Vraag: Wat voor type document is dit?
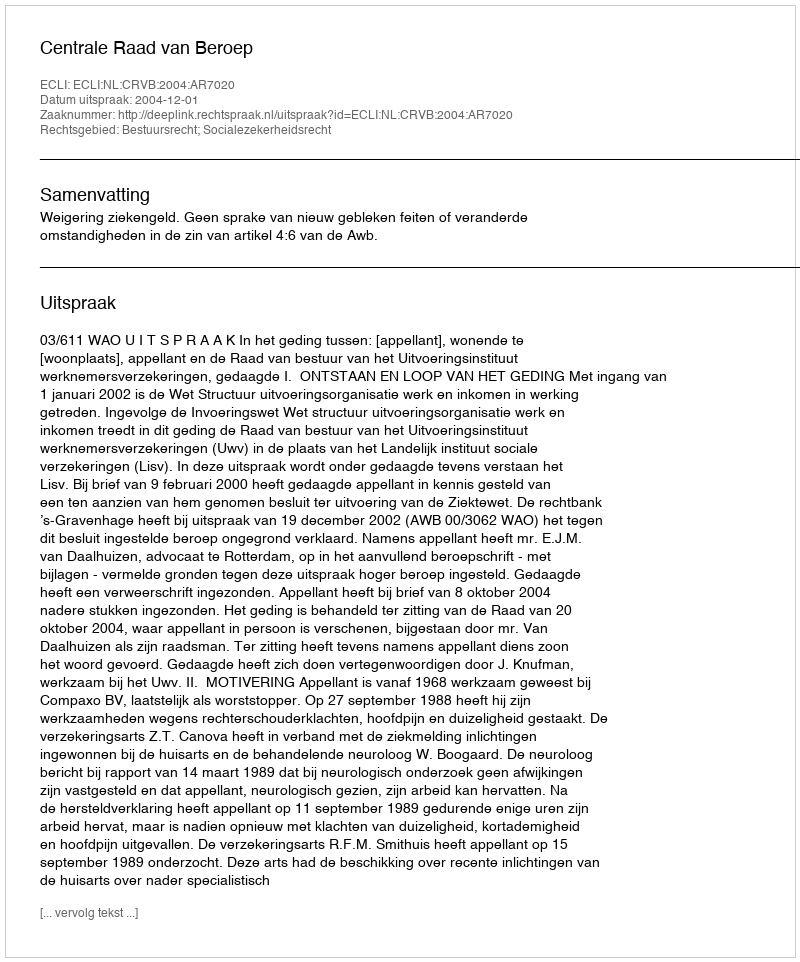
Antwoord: Uitspraak